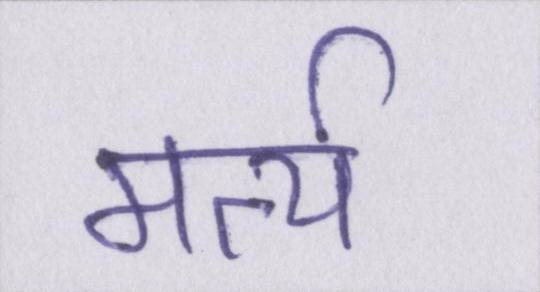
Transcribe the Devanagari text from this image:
मर्त्य